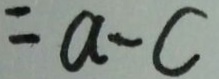
= a - c